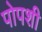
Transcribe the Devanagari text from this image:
पोपशी